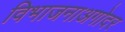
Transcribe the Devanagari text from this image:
विभाजनाअगोदर